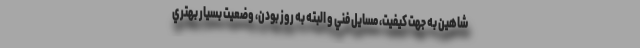
شاهين به جهت كيفيت، مسايل فني و البته به روز بودن، وضعيت بسيار بهتري